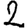
Digit: 2